Indian journal of veterinary science and animal husbandry - Volume 13,
Year: 1943
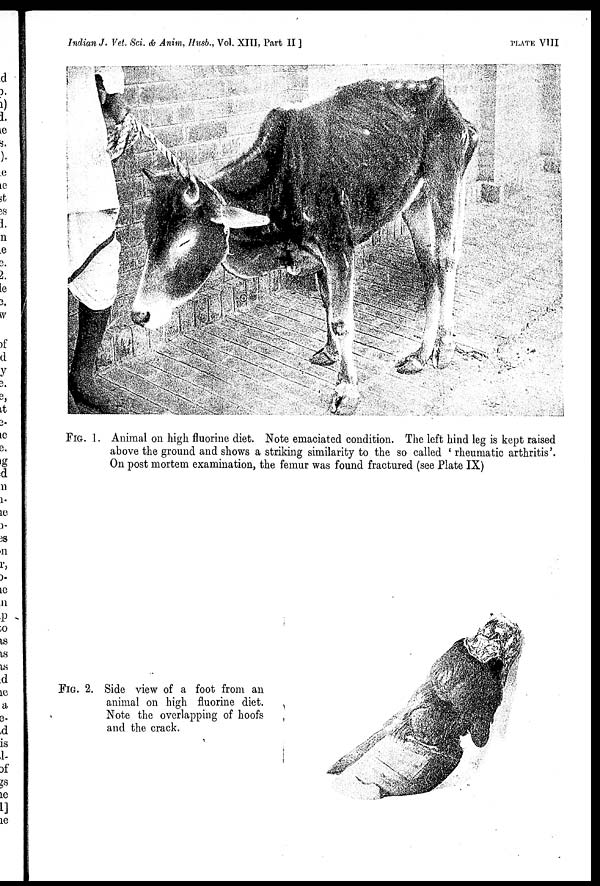
Indian J. Vet. Sci. & Anim, Husb., Vol. XIII, Part II ]
PLATE
VIII
FIG. 1. Animal on high fluorine diet. Note emaciated condition. The left hind leg is kept raised
above the ground and shows a striking similarity to the so called ' rheumatic arthritis'.
On post mortem examination, the femur was found fractured (see Plate IX)
FIG. 2. Side view of a foot from an
animal on high fluorine diet.
Note the overlapping of hoofs
and the crack.